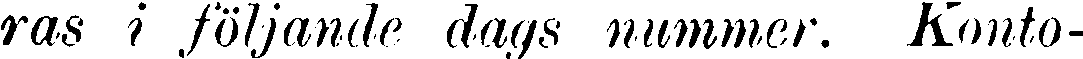
ras i följande dags nummer. Konto-